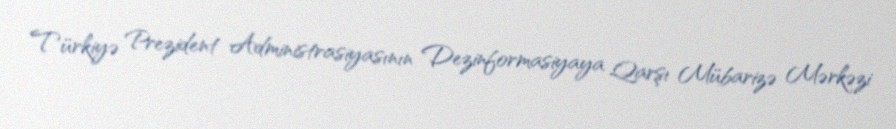
Türkiyə Prezident Administrasiyasının Dezinformasiyaya Qarşı Mübarizə Mərkəzi